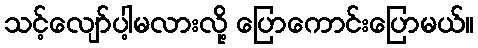
သင့်လျော်ပါ့မလားလို့ ပြောကောင်းပြောမယ်။